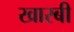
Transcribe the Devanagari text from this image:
खारबी